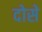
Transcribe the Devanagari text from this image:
दोसे